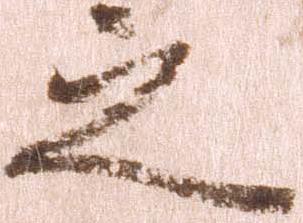
之